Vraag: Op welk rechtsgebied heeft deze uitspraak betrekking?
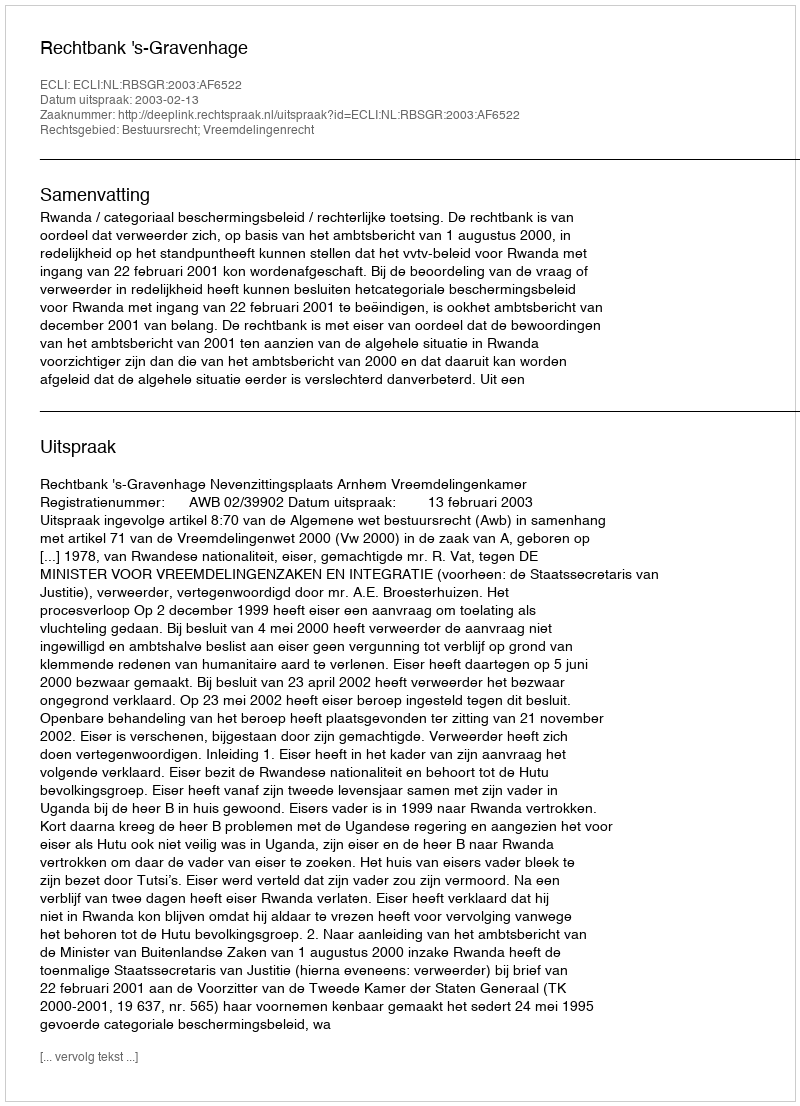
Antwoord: Bestuursrecht; Vreemdelingenrecht